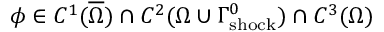
\phi \in C ^ { 1 } ( \overline { { \Omega } } ) \cap C ^ { 2 } ( \Omega \cup \Gamma _ { \mathrm { { s h o c k } } } ^ { 0 } ) \cap C ^ { 3 } ( \Omega )